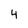
Character: 4